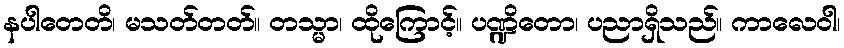
နပါတေတိ၊ မသတ်တတ်။ တသ္မာ၊ ထိုကြောင့်။ ပဏ္ဍိတော၊ ပညာရှိသည်။ ကာလေဝါ၊